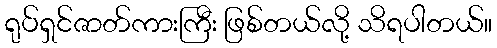
ရုပ်ရှင်ဇာတ်ကားကြီး ဖြစ်တယ်လို့ သိရပါတယ်။